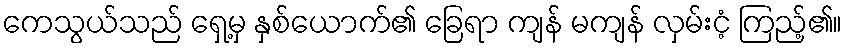
ကေသွယ်သည် ရှေ့မှ နှစ်ယောက်၏ ခြေရာ ကျန် မကျန် လှမ်းငံ့ ကြည့်၏။